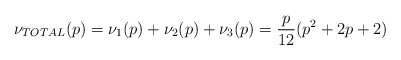
\begin{align*}\nu_{TOTAL}(p) = \nu_1(p) + \nu_2(p) + \nu_3(p) = \frac{p}{12}(p^2+2p+2)\end{align*}